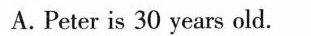
A.Peter is 30 years old.